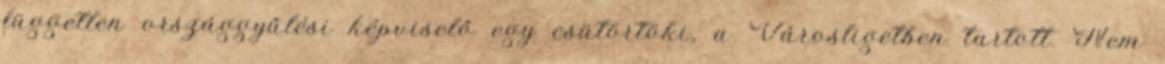
független országgyűlési képviselő egy csütörtöki, a Városligetben tartott. Nem